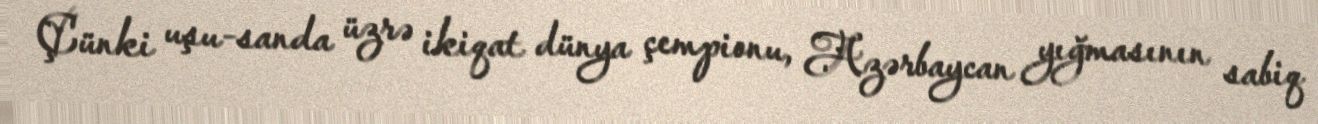
Çünki uşu-sanda üzrə ikiqat dünya çempionu, Azərbaycan yığmasının sabiq